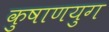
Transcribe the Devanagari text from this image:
कुषाणयुग